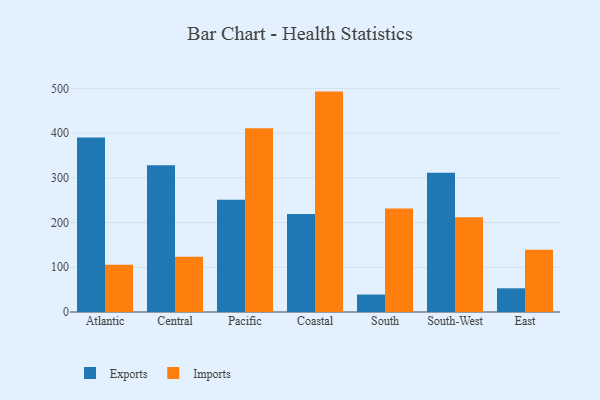
{"axis": {"x": "Region", "y": "Humidity (%)"}, "legend": ["Exports", "Imports"], "data": [{"x": "Atlantic", "y": 390.3, "type": "Exports"}, {"x": "Atlantic", "y": 105.6, "type": "Imports"}, {"x": "Central", "y": 328.2, "type": "Exports"}, {"x": "Central", "y": 123.4, "type": "Imports"}, {"x": "Pacific", "y": 250.9, "type": "Exports"}, {"x": "Pacific", "y": 411.1, "type": "Imports"}, {"x": "Coastal", "y": 219.1, "type": "Exports"}, {"x": "Coastal", "y": 492.9, "type": "Imports"}, {"x": "South", "y": 39.1, "type": "Exports"}, {"x": "South", "y": 231.7, "type": "Imports"}, {"x": "South-West", "y": 311.4, "type": "Exports"}, {"x": "South-West", "y": 211.8, "type": "Imports"}, {"x": "East", "y": 53.0, "type": "Exports"}, {"x": "East", "y": 139.1, "type": "Imports"}]}